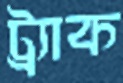
ট্র্যাক